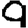
Digit: 9